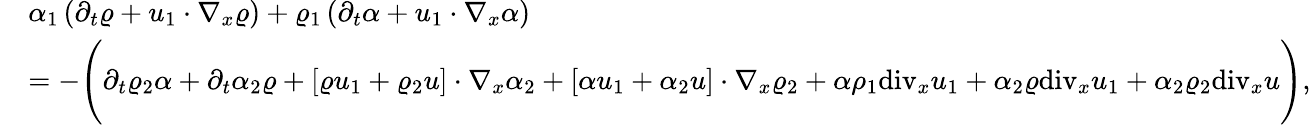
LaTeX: \begin{array}{rl}&{\alpha_{1}\left(\partial_{t}\varrho+u_{1}\cdot\nabla_{x}\varrho\right)+\varrho_{1}\left(\partial_{t}\alpha+u_{1}\cdot\nabla_{x}\alpha\right)}\\ &{=-\Bigg(\partial_{t}\varrho_{2}\alpha+\partial_{t}\alpha_{2}\varrho+[\varrho u_{1}+\varrho_{2}u]\cdot\nabla_{x}\alpha_{2}+[\alpha u_{1}+\alpha_{2}u]\cdot\nabla_{x}\varrho_{2}+\alpha\rho_{1}\mathrm{div}_{x}u_{1}+\alpha_{2}\varrho\mathrm{div}_{x}u_{1}+\alpha_{2}\varrho_{2}\mathrm{div}_{x}u\Bigg),}\end{array}